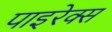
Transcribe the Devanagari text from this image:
पाइरेक्स